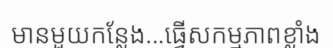
មានមួយកន្លែង...ធ្វើសកម្មភាពខ្លាំង